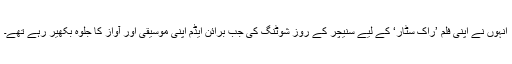
انہوں نے اپنی فلم ’راک سٹار‘ کے لیے سنیچر کے روز شوٹنگ کی جب برائن ایڈم اپنی موسیقی اور آواز کا جلوہ بکھیر رہے تھے۔